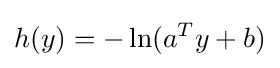
h(y)=-\ln(a^{T}y+b)